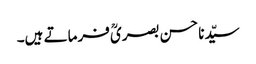
سیّدنا حسن بصریؒ فرماتے ہیں۔